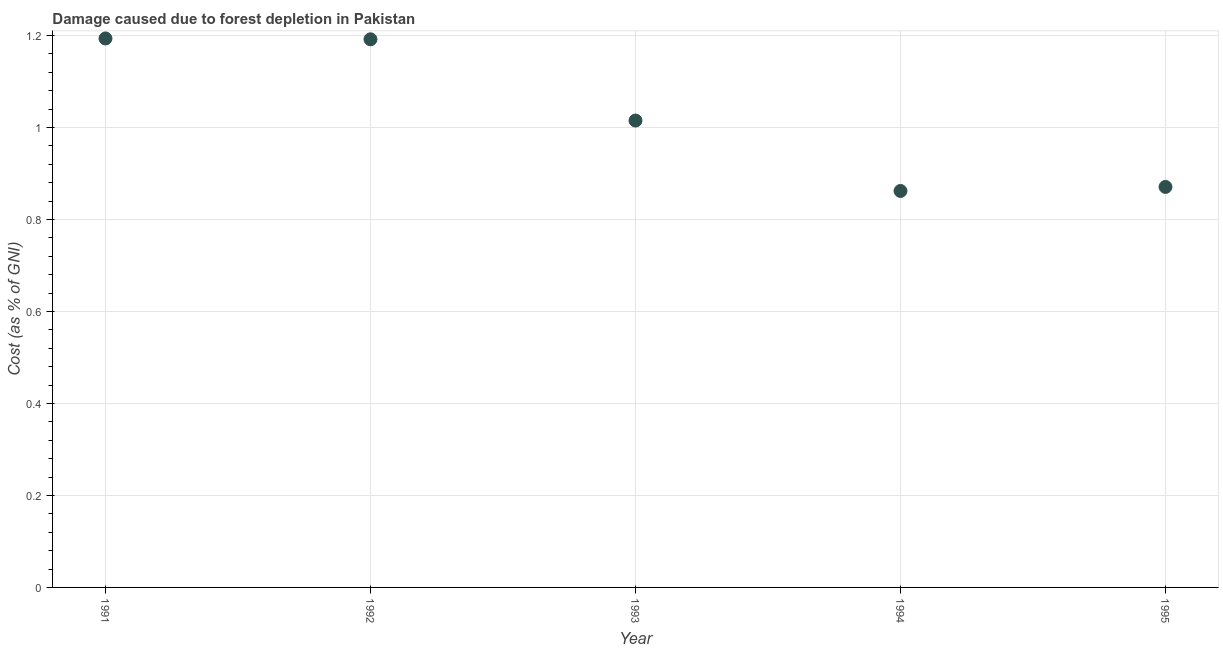
| Year | net forest depletion |
 | --- | --- |
 | 1991 | 1.19 |
 | 1992 | 1.19 |
 | 1993 | 1.02 |
 | 1994 | 0.862 |
 | 1995 | 0.871 |